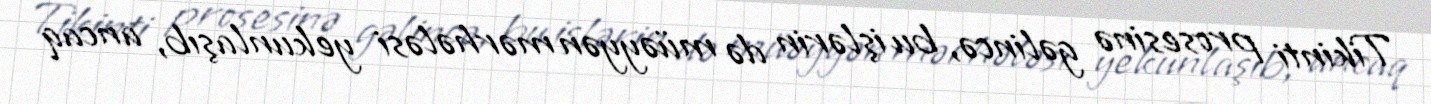
Tikinti prosesinə gəlincə, bu işlərin də müəyyən mərhələsi yekunlaşıb, ancaq